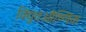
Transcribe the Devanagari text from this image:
विद्युतऔष्णिक